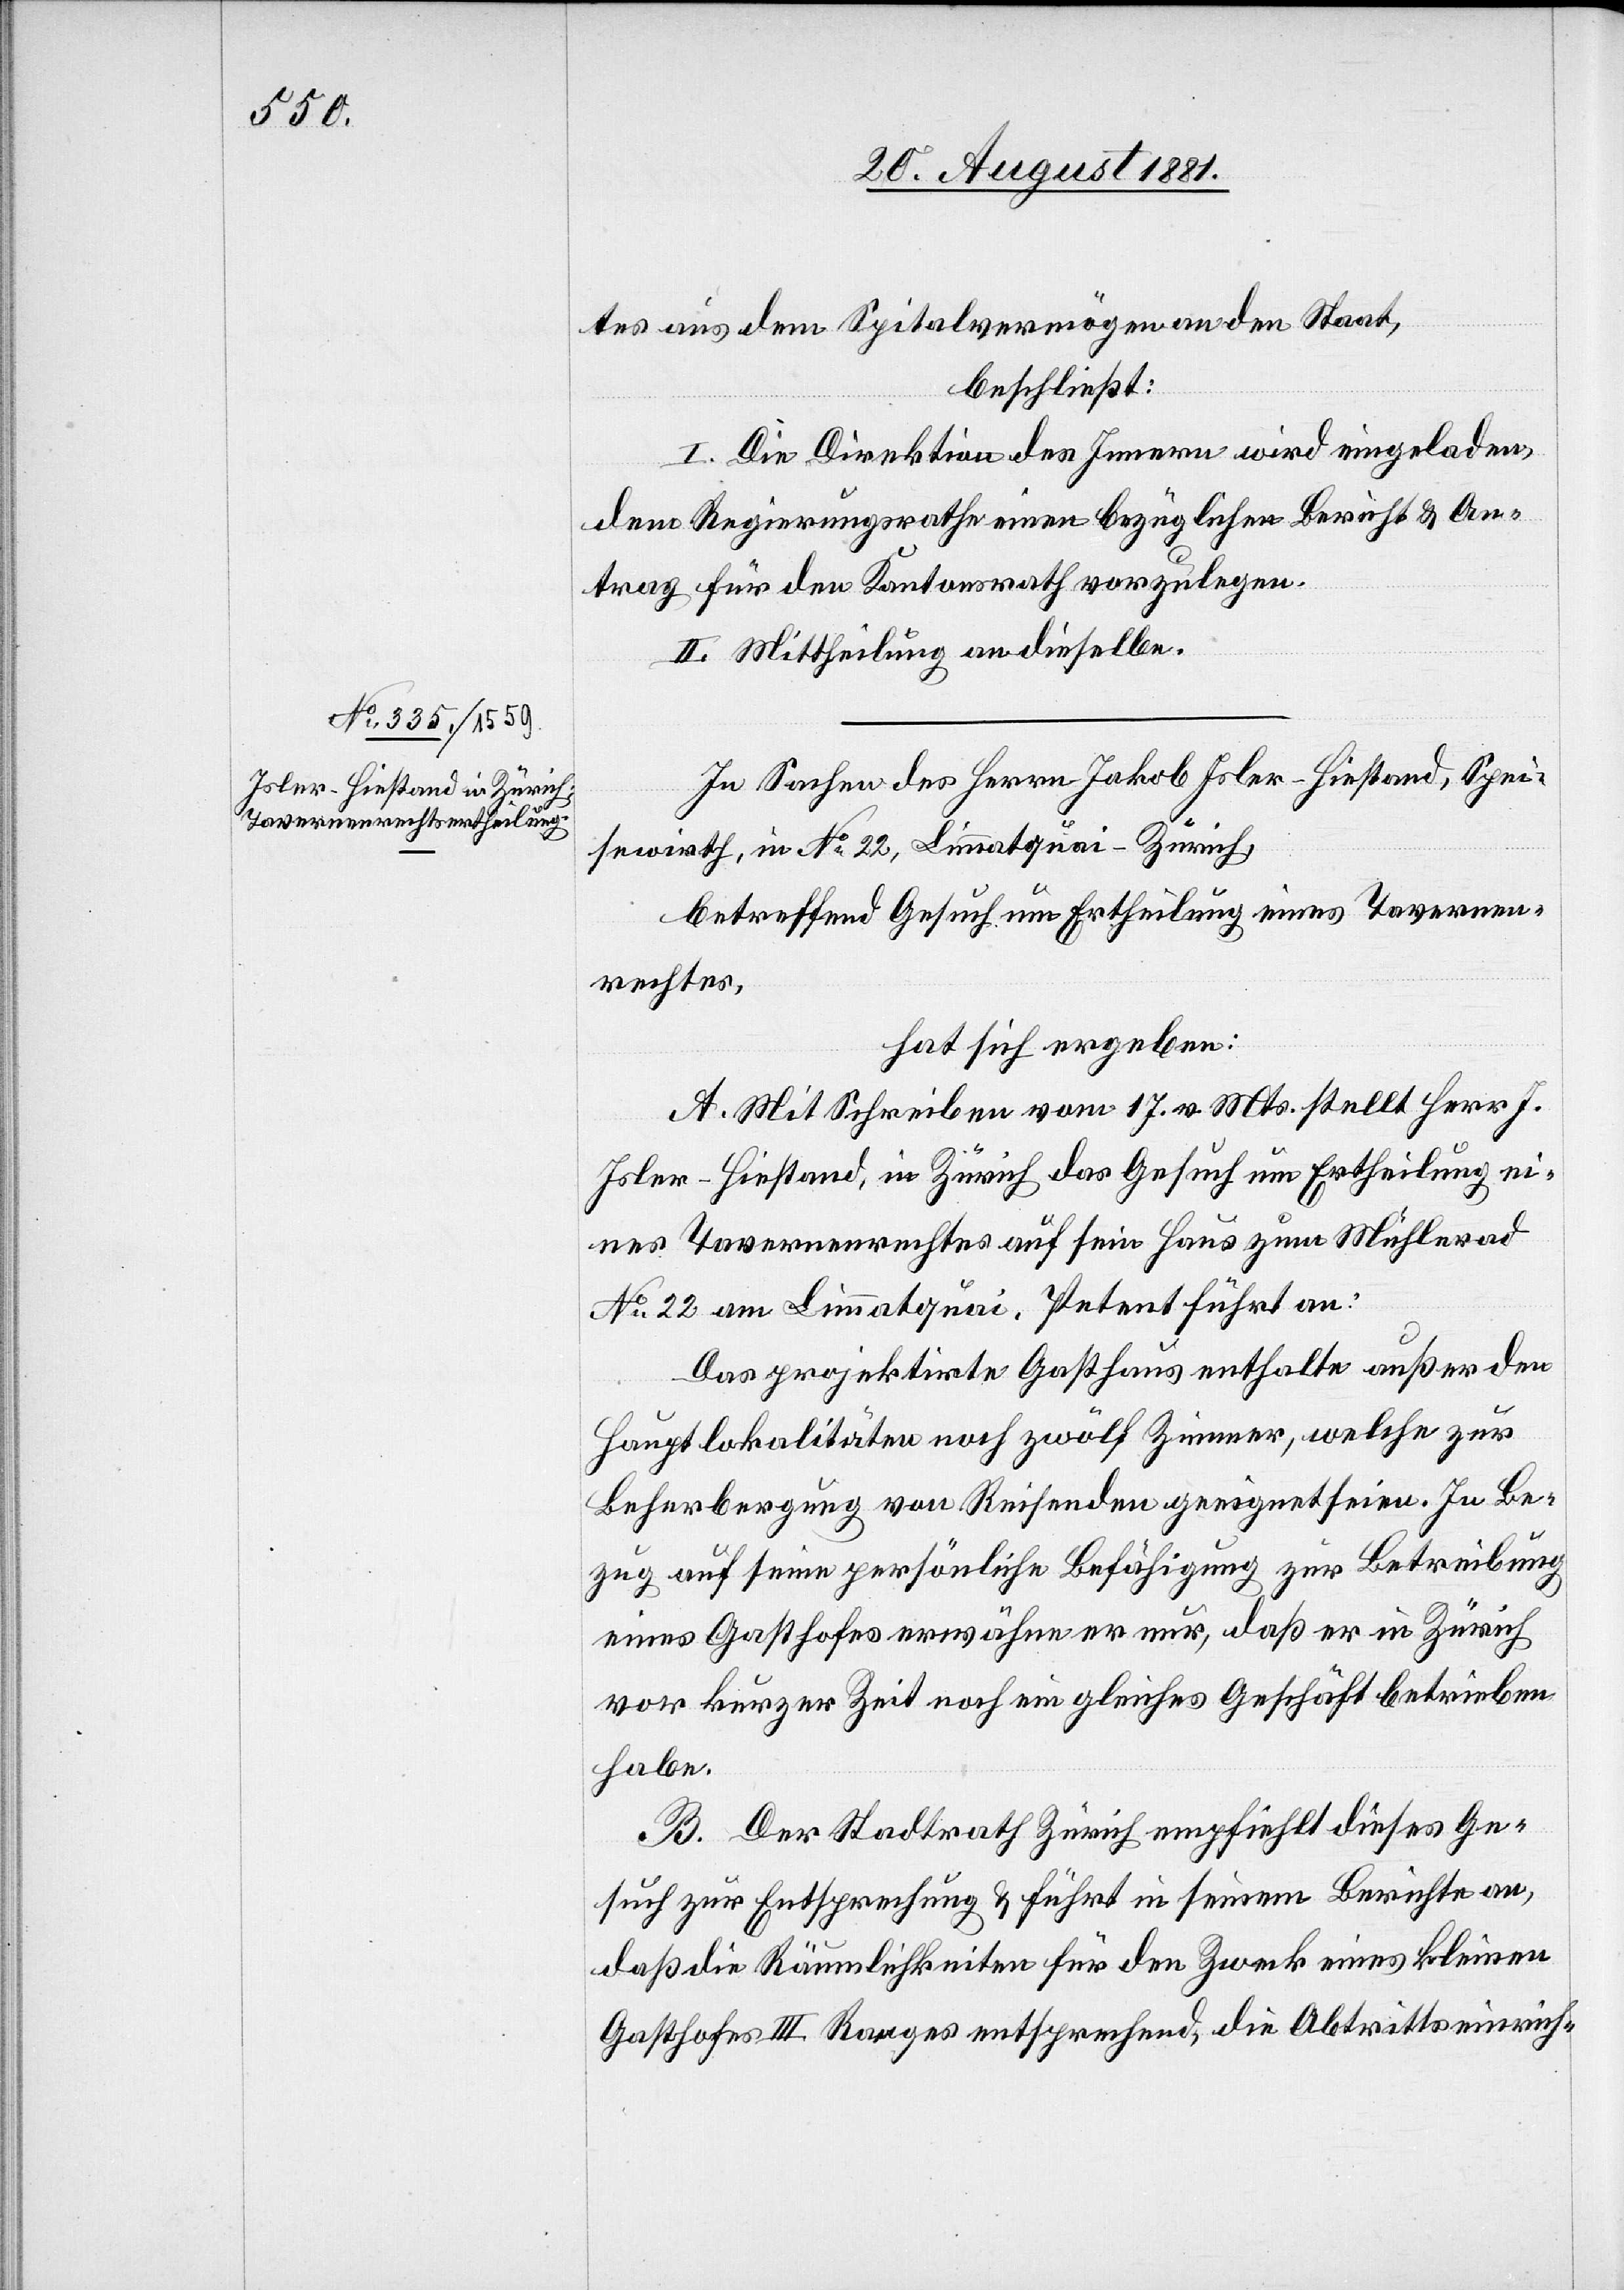
tes aus dem Spitalvermögen an den Staat,
beschließt:
I. Die Direktion des Innern wird eingeladen,
dem Regierungsrath einen bezüglichen Bericht & An¬
trag für den Kantonsrath vorzulegen.
II. Mittheilung an dieselbe.
In Sachen des Herrn Jakob Isler-Hiestand, Spei¬
sewirth, in No 22, Limmatquai - Zürich,
betreffend Gesuch um Ertheilung eines Tavernen¬
rechtes,
hat sich ergeben:
A. Mit Schreiben vom 17. v. Mts stellt Herr J.
Isler-Hiestand, in Zürich das Gesuch um Ertheilung ei¬
nes Tavernenrechtes auf sein Haus zum Mühlerad
No 22 am Limmatquai. Petent führt an:
Das projektirte Gasthaus enthalte außer den
Hauptlokalitäten noch zwölf Zimmer, welche zur
Beherbergung von Reisenden geeignet seien. In Be¬
zug auf seine persönliche Befähigung zur Betreibung
eines Gasthofes erwähne er nur, daß er in Zürich
vor kurzer Zeit noch ein gleiches Geschäft betrieben
habe.
B. Der Stadtrath Zürich empfiehlt dieses Ge¬
such zur Entsprechung & führt in seinem Berichte an,
daß die Räumlichkeiten für den Zweck eines kleinen
Gasthofes III. Ranges entsprechend, die Abtrittseinrich-